Vaccination in the Punjab 1897-1904 - 1897-1904
Year: 1897
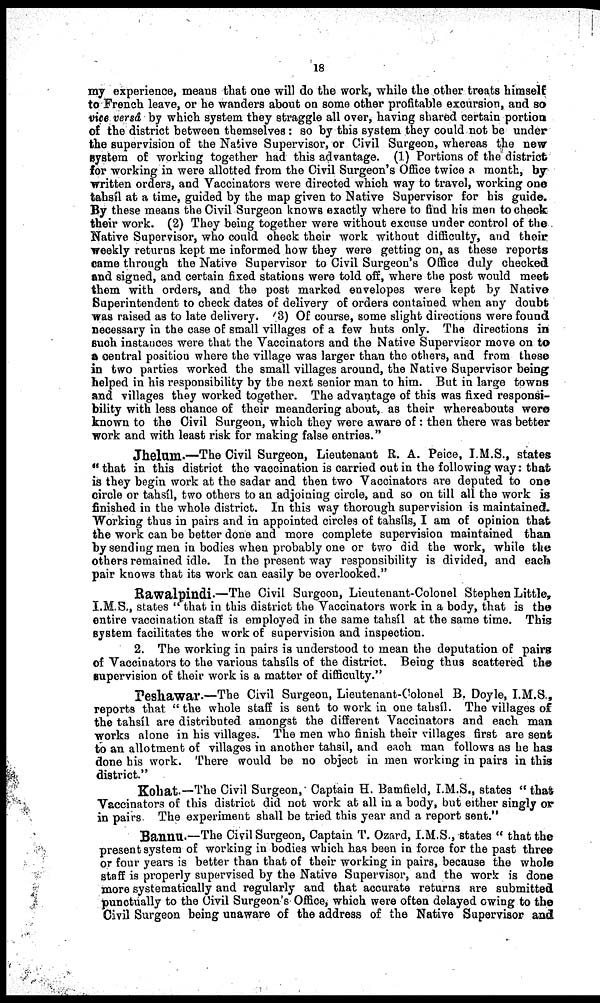
18
my experience, means that one will do the work, while the other treats himself
to French leave, or he wanders about on some other profitable excursion, and so
vice versâ by which system they straggle all over, having shared certain portion
of the district between themselves : so by this system they could not be under
the supervision of the Native Supervisor, or Civil Surgeon, whereas the new
system of working together had this advantage. (1) Portions of the district
for working in were allotted from the Civil Surgeon's Office twice a month, by
written orders, and Vaccinators were directed which way to travel, working one
tahsíl at a time, guided by the map given to Native Supervisor for his guide.
By these means the Civil Surgeon knows exactly where to find his men to check
their work. (2) They being together were without excuse under control of the
Native Supervisor, who could check their work without difficulty, and their
weekly returns kept me informed how they were getting on, as these reports
came through the Native Supervisor to Civil Surgeon's Office duly checked
and signed, and certain fixed stations were told off, where the post would meet
them with orders, and the post marked envelopes were kept by Native
Superintendent to check dates of delivery of orders contained when any doubt
was raised as to late delivery. (3) Of course, some slight directions were found
necessary in the case of small villages of a few huts only. The directions in
such instances were that the Vaccinators and the Native Supervisor move on to
a central position where the village was larger than the others, and from these
in two parties worked the small villages around, the Native Supervisor being
helped in his responsibility by the next senior man to him. But in large towns
and villages they worked together. The advantage of this was fixed responsi-
bility with less chance of their meandering about, as their whereabouts were
known to the Civil Surgeon, which they were aware of: then there was better
work and with least risk for making false entries."
Jhelum.—The Civil Surgeon, Lieutenant R. A. Peice, I.M.S., states
"that in this district the vaccination is carried out in the following way: that
is they begin work at the sadar and then two Vaccinators are deputed to one
circle or tahsíl, two others to an adjoining circle, and so on till all the work is
finished in the whole district. In this way thorough supervision is maintained.
Working thus in pairs and in appointed circles of tahsíls, I am of opinion that
the work can be better done and more complete supervision maintained than
by sending men in bodies when probably one or two did the work, while the
others remained idle. In the present way responsibility is divided, and each
pair knows that its work can easily be overlooked."
Rawalpindi-—The Civil Surgeon, Lieutenant-Colonel Stephen Little,
I.M.S., states "that in this district the Vaccinators work in a body, that is the
entire vaccination staff is employed in the same tahsíl at the same time. This
system facilitates the work of supervision and inspection.
2. The working in pairs is understood to mean the deputation of pairs
of Vaccinators to the various tahsíls of the district. Being thus scattered the
supervision of their work is a matter of difficulty."
Peshawar.—The Civil Surgeon, Lieutenant-Colonel B. Doyle, I.M.S.,
reports that "the whole staff is sent to work in one tahsíl. The villages of
the tahsíl are distributed amongst the different Vaccinators and each man
works alone in his villages. The men who finish their villages first are sent
to an allotment of villages in another tahsíl, and each man follows as he has
done his work. There would be no object in men working in pairs in this
district."
Kohat.—The Civil Surgeon, Captain H. Bamfield, I.M.S., states "that
Vaccinators of this district did not work at all in a body, but either singly or
in pairs. The experiment shall be tried this year and a report sent."
Bannu.—The Civil Surgeon, Captain T. Ozard, I.M.S., states "that the
present system of working in bodies which has been in force for the past three
or four years is better than that of their working in pairs, because the whole
staff is properly supervised by the Native Supervisor, and the work is done
more systematically and regularly and that accurate returns are submitted
punctually to the Civil Surgeon's Office, which were often delayed owing to the
Civil Surgeon being unaware of the address of the Native Supervisor and